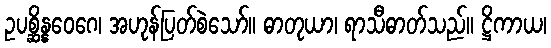
ဥပစ္ဆိန္နဝေဂေ၊ အဟုန်ပြတ်စဲသော်။ ဓာတုယာ၊ ရာသီဓာတ်သည်။ ဋ္ဌိကာယ၊